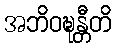
အဘိဝဍ္ဎန္တီတိ